Indian journal of veterinary science and animal husbandry - Volumes 18-21, 1948-1951
Year: 1948
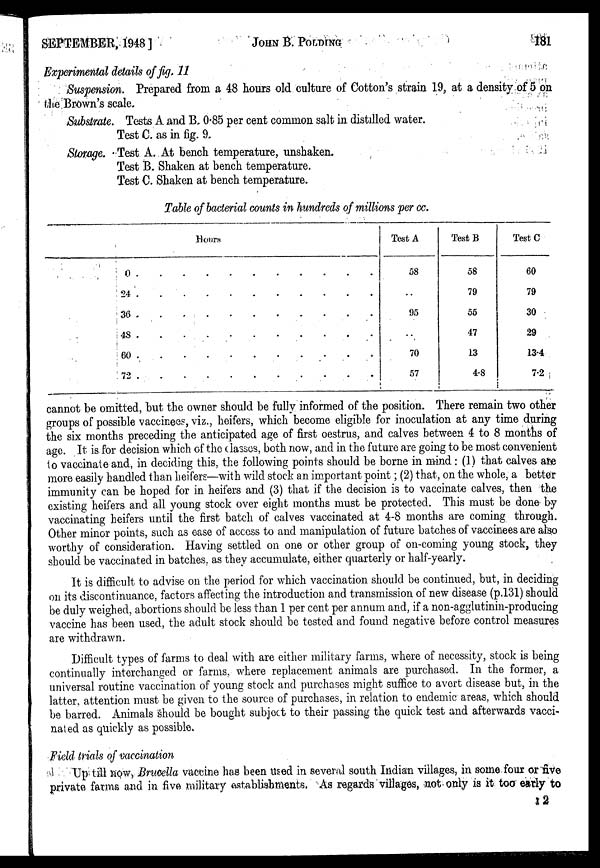
SEPTEMBER, 1948]
JOHN
B.
POLDING
181
Experimental details of fig. 11
Suspension. Prepared from a 48 hours old culture of Cotton's strain 19, at a density of 5 on
the Brown's scale.
Substrate. Tests A and B. 0.85 per cent common salt in distilled water.
Test C. as in fig. 9.
Storage. Test A. At bench temperature, unshaken.
Test B. Shaken at bench temperature.
Test C. Shaken at bench temperature.
Table of bacterial counts in hundreds of millions per cc.
Hours
0
24
36
48
60
72
Test A
58
..
95
..
70
57
Test B
58
79
55
47
13
4.8
Test C
60
79
30
29
13.4
7.2
cannot be omitted, but the owner should be fully informed of the position. There remain two other
groups of possible vaccinees, viz., heifers, which become eligible for inoculation at any time during
the six months preceding the anticipated age of first oestrus, and calves between 4 to 8 months of
age. It is for decision which of the classes, both now, and in the future are going to be most convenient
to vaccinate and, in deciding this, the following points should be borne in mind : (1) that calves are
more easily handled than heifers—with wild stock an important point ; (2) that, on the whole, a better
immunity can be hoped for in heifers and (3) that if the decision is to vaccinate calves, then the
existing heifers and all young stock over eight months must be protected. This must be done by
vaccinating heifers until the first batch of calves vaccinated at 4-8 months are coming through.
Other minor points, such as ease of access to and manipulation of future batches of vaccinees are also
worthy of consideration. Having settled on one or other group of on-coming young stock, they
should be vaccinated in batches, as they accumulate, either quarterly or half-yearly.
It is difficult to advise on the period for which vaccination should be continued, but, in deciding
on its discontinuance, factors affecting the introduction and transmission of new disease (p.131) should
be duly weighed, abortions should be less than 1 per cent per annum and, if a non-agglutinin-producing
vaccine has been used, the adult stock should be tested and found negative before control measures
are withdrawn.
Difficult types of farms to deal with are either military farms, where of necessity, stock is being
continually interchanged or farms, where replacement animals are purchased. In the former, a
universal routine vaccination of young stock and purchases might suffice to avert disease but, in the
latter, attention must be given to the source of purchases, in relation to endemic areas, which should
be barred. Animals should be bought subject to their passing the quick test and afterwards vacci-
nated as quickly as possible.
Field trials of vaccination
Up till now, Brucella vaccine has been used in several south Indian villages, in some four or five
private farms and in five military establishments. As regards villages, not only is it too early to
12